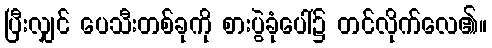
ပြီးလျှင် ပေသီးတစ်ခုကို စားပွဲခုံပေါ်၌ တင်လိုက်လေ၏။